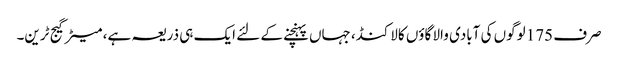
صرف 175 لوگوں کی آبادی والا گاؤں کالاکنڈ، جہاں پہنچنے کے لئے ایک ہی ذریعہ ہے، میٹر گیج ٹرین۔